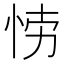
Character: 𭜲